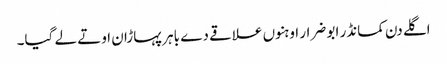
اگلے دن کمانڈر ابو ضرار اوہنوں علاقے دے باہر پہاڑان اوتے لے گیا۔